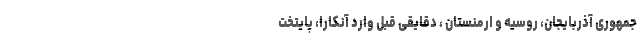
جمهوری آذربایجان، روسیه و ارمنستان ، دقایقی قبل وارد آنکارا، پایتخت